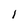
Character: l